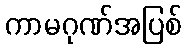
ကာမဂုဏ်အပြစ်